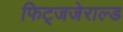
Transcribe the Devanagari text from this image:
फिट्जजेराल्ड